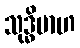
သုဒ္ဓိမာဟ